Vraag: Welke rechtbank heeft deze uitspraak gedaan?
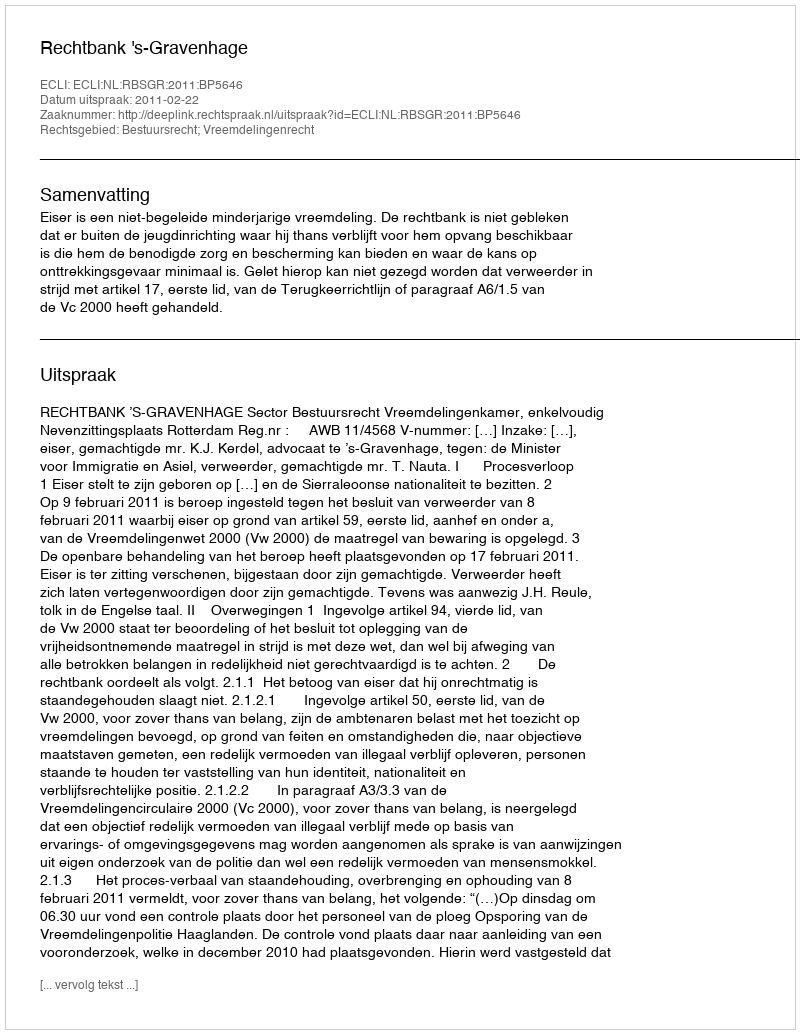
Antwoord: Rechtbank 's-Gravenhage